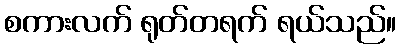
စကားလက် ရုတ်တရက် ရယ်သည်။